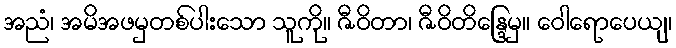
အညံ၊ အမိအဖမှတစ်ပါးသော သူကို။ ဇီဝိတာ၊ ဇီဝိတိန္ဒြေမှ။ ဝေါရောပေယျ၊